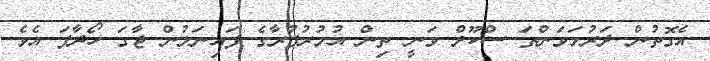
އެގޮތުން ދަރުމަވަންތަ ސްކޫލް ވަނީ ތިން އުމުރުފުރާގެ ފައިނަލުން ޖާގަ ހޯދާފަ އެވެ.